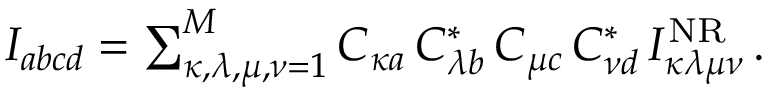
\begin{array} { r } { I _ { a b c d } = \sum _ { \kappa , \lambda , \mu , \nu = 1 } ^ { M } C _ { \kappa a } \, C _ { \lambda b } ^ { * } \, C _ { \mu c } \, C _ { \nu d } ^ { * } \, I _ { \kappa \lambda \mu \nu } ^ { \mathrm { N R } } \, . } \end{array}